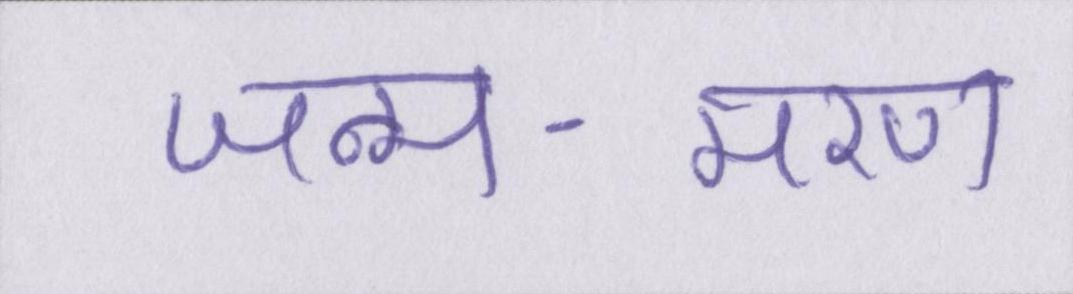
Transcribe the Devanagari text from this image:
जन्म-मरण